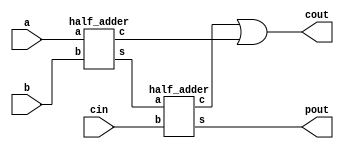
module full_adder(a, b, cin, cout, pout); // https://www.elprocus.com/half-adder-and-full-adder/
	input a, b, cin;
	output cout, pout;
	wire first_s, first_c, second_c;
	half_adder first(.a(a), .b(b), .s(first_s), .c(first_c));
	half_adder second(.a(first_s), .b(cin), .s(pout), .c(second_c));
	assign cout = second_c | first_c;
endmodule

module half_adder(a, b, s, c); // http://www.circuitstoday.com/half-adder
	input a, b;
	output s, c;
	assign s = a ^ b;
	assign c = a & b;
endmodule